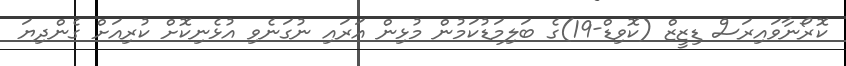
ކޮރޯނާވައިރަސް ޑިޒީޒް (ކޮވިޑް-19)ގެ ބަލިމަޑުކަމުން މުޅިން އަރައި ނުގަނެވި އުޅެނިކޮށް ކުރިއަށް ގެންދިޔަ